Civil Veterinary Department Bihar & Orissa reports 1929-36 - 1929-1936
Year: 1929
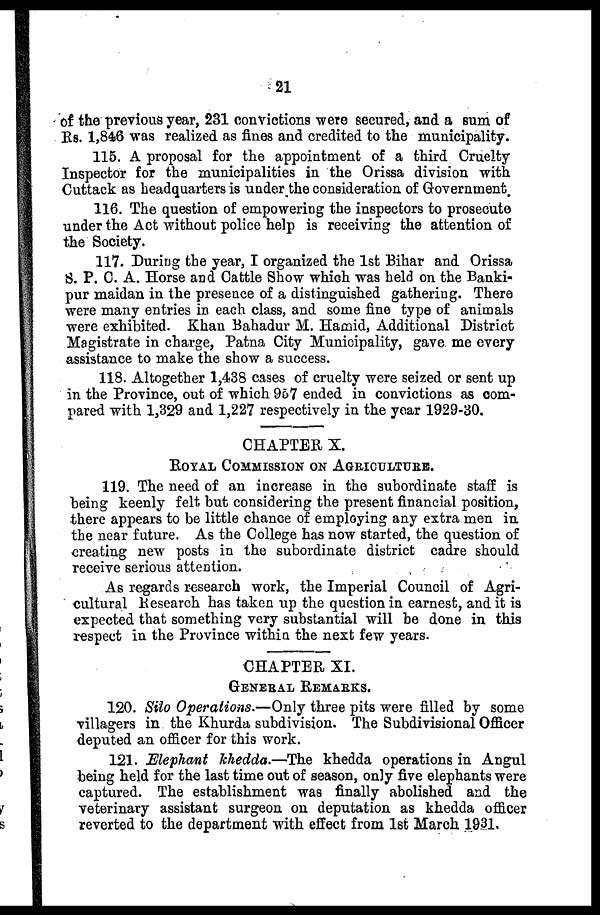
21
of the previous year, 231 convictions were secured, and a sum of
Rs. 1,846 was realized as fines and credited to the municipality.
115. A proposal for the appointment of a third Cruelty
Inspector for the municipalities in the Orissa division with
Cuttack as headquarters is under the consideration of Government
116. The question of empowering the inspectors to prosecute
under the Act without police help is receiving the attention of
the Society.
117. During the year, I organized the 1st Bihar and Orissa
8. P. C. A. Horse and Cattle Show which was held on the Banki-
pur maidan in the presence of a distinguished gathering. There
were many entries in each class, and some fine type of animals
were exhibited. Khan Bahadur M. Hamid, Additional District
Magistrate in charge, Patna City Municipality, gave me every
assistance to make the show a success.
118. Altogether 1,438 cases of cruelty were seized or sent up
in the Province, out of which 967 ended in convictions as com-
pared with 1,329 and 1,227 respectively in the year 1929-30.
CHAPTER X.
ROYAL COMMISSION ON AGRICULTURE.
119. The need of an increase in the subordinate staff is
being keenly felt but considering the present financial position,
there appears to be little chance of employing any extra men in
the near future. As the College has now started, the question of
creating new posts in the subordinate district cadre should
receive serious attention.
As regards research work, the Imperial Council of Agri-
cultural Research has taken up the question in earnest, and it is
expected that something very substantial will be done in this
respect in the Province within the next few years.
CHAPTER XI.
GENERAL REMARKS.
120. Silo Operations.—Only three pits were filled by some
villagers in the Khurda subdivision. The Subdivisional Officer
deputed an officer for this work.
121. Elephant khedda.—The khedda operations in Angul
being held for the last time out of season, only five elephants were
captured. The establishment was finally abolished and the
veterinary assistant surgeon on deputation as khedda officer
reverted to the department with effect from 1st March 1931.